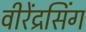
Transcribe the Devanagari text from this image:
वीरेंद्रसिंग